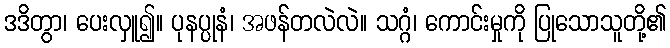
ဒဒိတွာ၊ ပေးလှူ၍။ ပုနပ္ပုနံ၊ အဖန်တလဲလဲ။ သဂ္ဂံ၊ ကောင်းမှုကို ပြုသောသူတို့၏